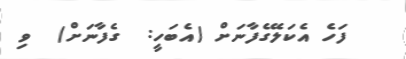
ފަހެ އެކަލޭގެފާނަށް (އެބަހީ:  ގެފާނަށް)  ވި